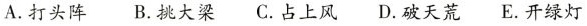
A.打头阵 B.挑大梁 C.占上风 D.破天荒 E.开绿灯